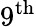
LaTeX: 9^{\mathrm{th}}